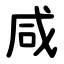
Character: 咸